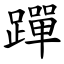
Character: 䠤